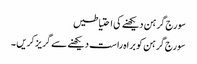
سورج گرہن دیکھنے کی احتیاطیں
سورج گرہن کو براہ راست دیکھنے سے گریز کریں ۔